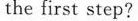
the first step?